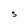
Character: S